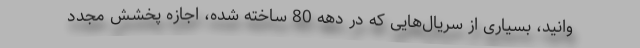
وانید، بسیاری از سریال‌هایی که در دهه 80 ساخته شده، اجازه پخشش مجدد